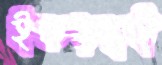
ইকড়ছই